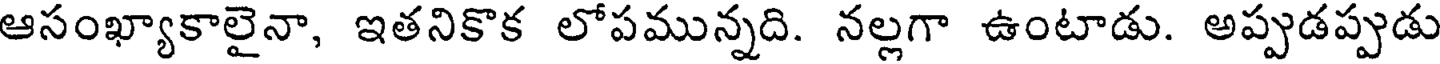
ఆసంఖ్యాకాలైనా, ఇతనికొక లోపమున్నది. నల్లగా ఉంటాడు. అప్పుడప్పుడు